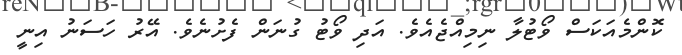
ކޮންމެއަކަސް ވޯޓުލާ ނިމިއްޖެއެވެ. އަދި ވޯޓު ގުނަން ފެށުނެވެ. އޭރު ހަސަނު އިނީ